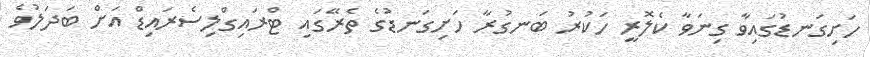
ހަށިގަނޑުގައިވާ ގިނަވާ ކެލޮރީ ހަކުރު ބަނގުރާ ހަށިގަނޑުގެ ތެރޭގައި ޓްރައިގްލިސެރައިޑް އަށް ބަދަލުވެ